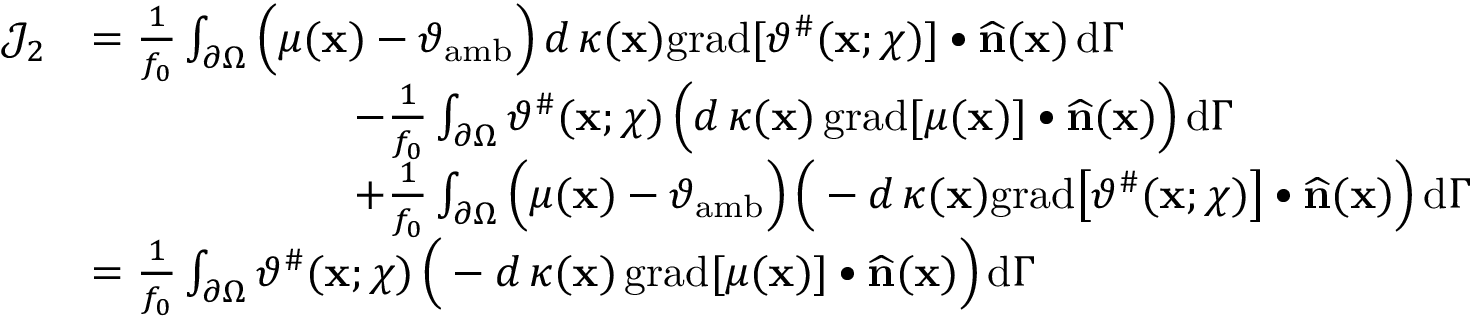
\begin{array} { r l } { \mathcal { J } _ { 2 } } & { = \frac { 1 } { f _ { 0 } } \int _ { \partial \Omega } \Big ( \mu ( \mathbf { x } ) - \vartheta _ { \mathrm { a m b } } \Big ) \, d \, \kappa ( \mathbf { x } ) \mathrm { g r a d } [ \vartheta ^ { \# } ( \mathbf { x } ; \chi ) ] \bullet \widehat { \mathbf { n } } ( \mathbf { x } ) \, \mathrm { d } \Gamma } \\ & { \qquad \qquad \qquad - \frac { 1 } { f _ { 0 } } \int _ { \partial \Omega } \vartheta ^ { \# } ( \mathbf { x } ; \chi ) \, \Big ( d \, \kappa ( \mathbf { x } ) \, \mathrm { g r a d } [ \mu ( \mathbf { x } ) ] \bullet \widehat { \mathbf { n } } ( \mathbf { x } ) \Big ) \, \mathrm { d } \Gamma } \\ & { \qquad \qquad \qquad + \frac { 1 } { f _ { 0 } } \int _ { \partial \Omega } \Big ( \mu ( \mathbf { x } ) - \vartheta _ { \mathrm { a m b } } \Big ) \, \Big ( - d \, \kappa ( \mathbf { x } ) \mathrm { g r a d } \big [ \vartheta ^ { \# } ( \mathbf { x } ; \chi ) \big ] \bullet \widehat { \mathbf { n } } ( \mathbf { x } ) \Big ) \, \mathrm { d } \Gamma } \\ & { = \frac { 1 } { f _ { 0 } } \int _ { \partial \Omega } \vartheta ^ { \# } ( \mathbf { x } ; \chi ) \, \Big ( - d \, \kappa ( \mathbf { x } ) \, \mathrm { g r a d } [ \mu ( \mathbf { x } ) ] \bullet \widehat { \mathbf { n } } ( \mathbf { x } ) \Big ) \, \mathrm { d } \Gamma } \end{array}